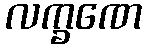
လက္ခဏေ